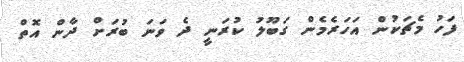
ފަހު މެޗަކުން އަހަރެމެން ގަބޫލު ކުރަނީ ދެ ވަނަ ބުރަށް ދާން އޮތް